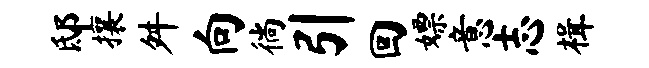
邸攘舛向徜引回嫖意志楫